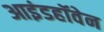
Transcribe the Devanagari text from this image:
आइंडहॉवेन